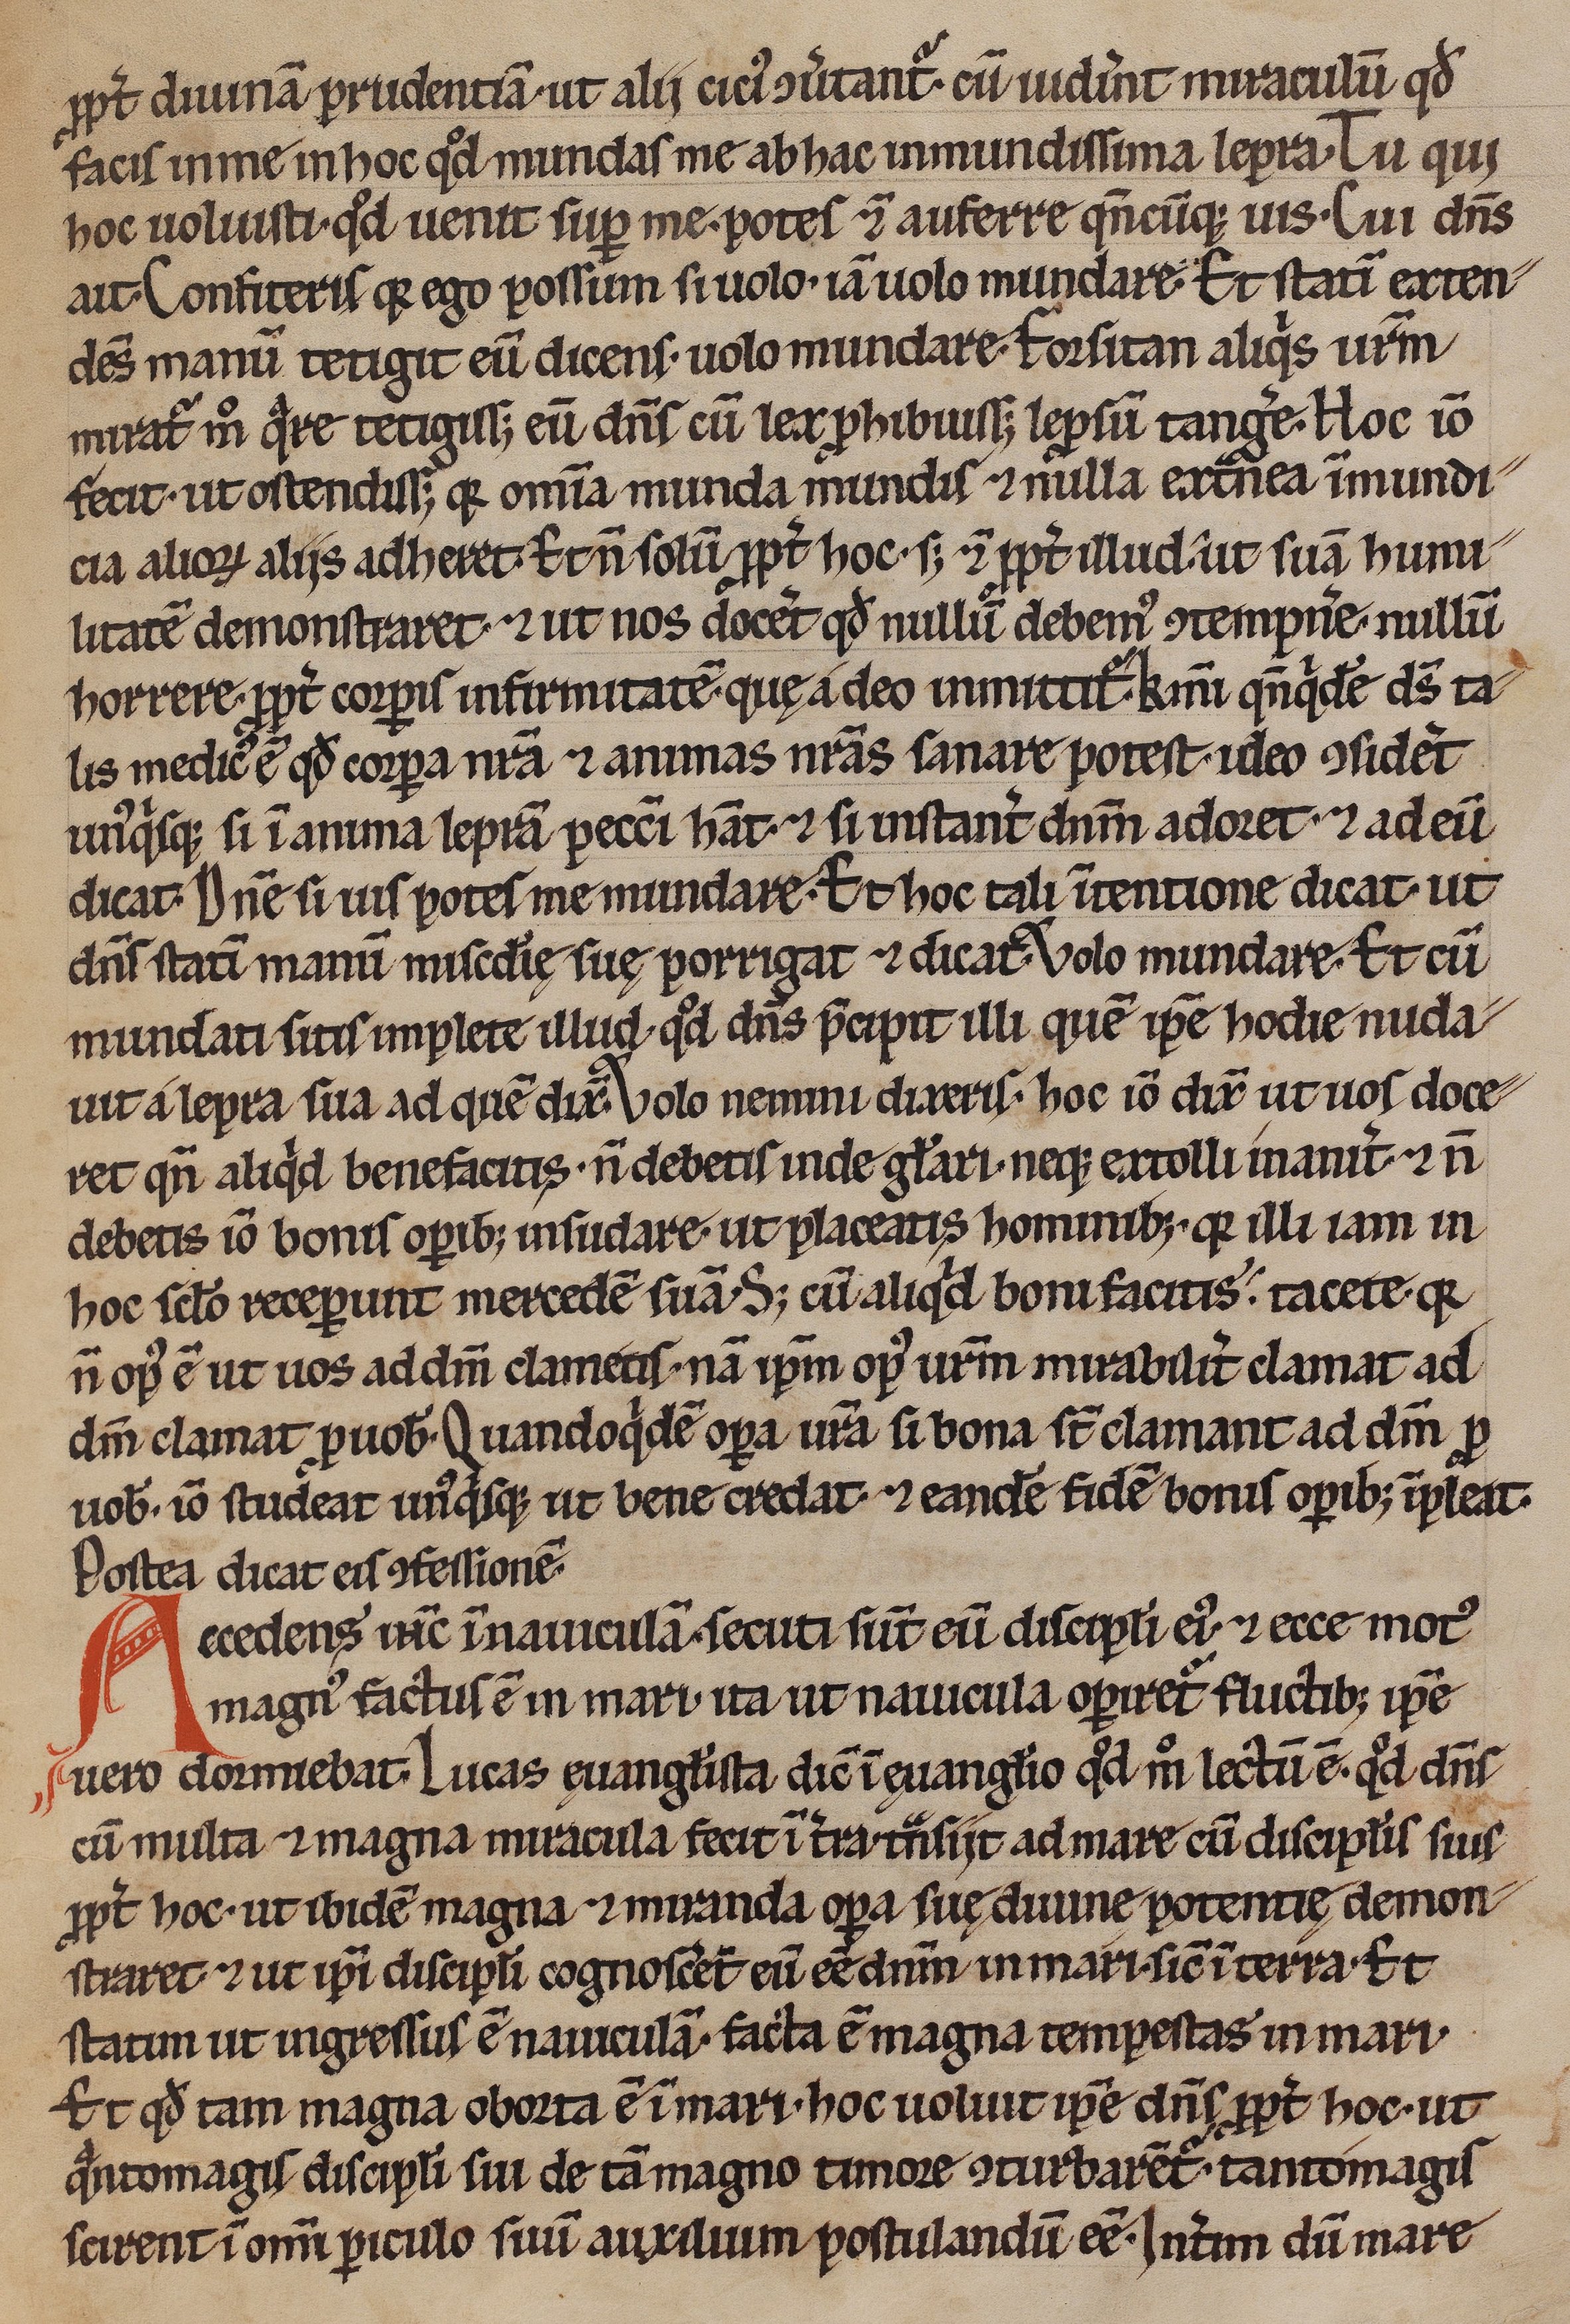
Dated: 1200–1299